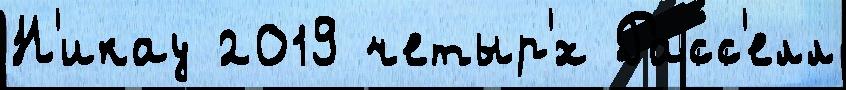
Н'икау 2019 четыр'́х Расс'елл